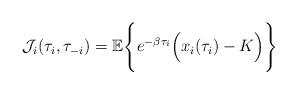
LaTeX: \begin{align*}\mathcal{J}_i(\tau_i,\tau_{-i})=\mathbb{E}\Bigg\{e^{-\beta\tau_i}\Big( x_i(\tau_i)-K\Big)\Bigg\}\end{align*}